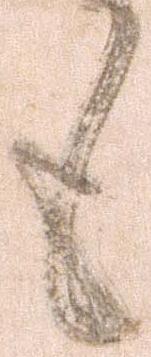
も